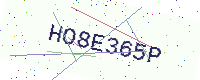
Text: HO8E365P